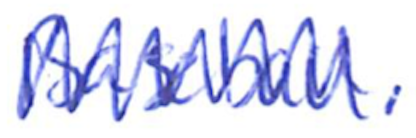
Text: Baseball,
Cross-out: zig-zag
Writing tool: ballpoint